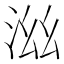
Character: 𣳯